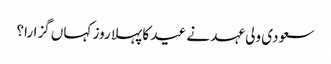
سعودی ولی عہد نے عید کا پہلا روز کہاں گزارا؟